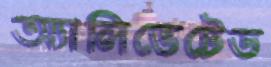
অ্যালিভেটেড